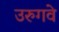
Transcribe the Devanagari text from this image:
उरुगवे